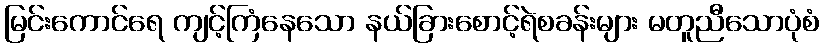
မြင်းကောင်ရေ ကျင့်ကြံနေသော နယ်ခြားစောင့်ရဲစခန်းများ မတူညီသောပုံစံ